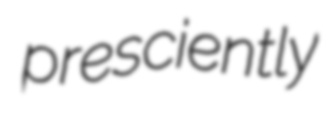
presciently